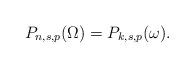
LaTeX: \begin{align*} P_{n,s,p}(\Omega) = P_{k,s,p}(\omega).\end{align*}